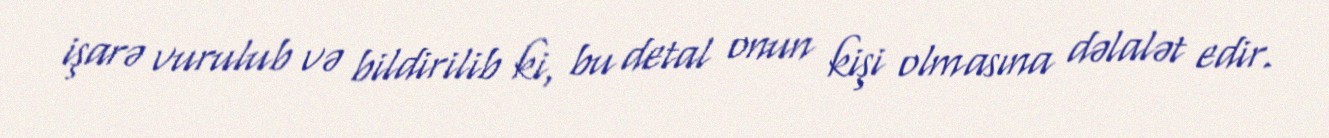
işarə vurulub və bildirilib ki, bu detal onun kişi olmasına dəlalət edir.